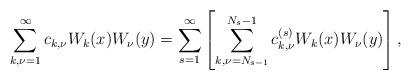
LaTeX: \begin{align*}\sum_{k,\nu=1}^\infty c_{k,\nu} W_k(x)W_\nu(y)=\sum_{s=1}^\infty\left[\sum_{k,\nu=N_{s-1}}^{ N_s-1}c_{k,\nu}^{(s)}W_k(x)W_\nu(y)\right],\end{align*}